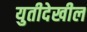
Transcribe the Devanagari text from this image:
युतीदेखील